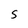
Character: 5